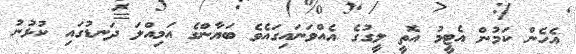
އެހެން ކަމުން އެޓީމު އޮތީ ލީގުގެ އެއްވަނައިގައެވެ ބަޔާންގެ އަމިއްލަ ދަނޑުގައި ކުޅުނު